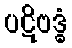
ပဋိဗဒ္ဓံ